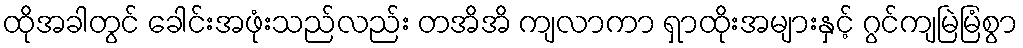
ထိုအခါတွင် ခေါင်းအဖုံးသည်လည်း တအိအိ ကျလာကာ ရှာထိုးအများနှင့် ဂွင်ကျမြဲမြံစွာ